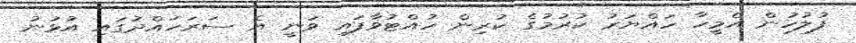
ފުލުހުން އެމީހާ ހައްޔަރު ކުރުމުގެ ކުރިން ހުއްޓުވާފައި ވަނީ އެ ސަރަހައްދުގައި އުޅުނު